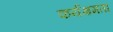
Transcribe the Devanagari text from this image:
कर्यक्षमता